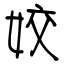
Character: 姣